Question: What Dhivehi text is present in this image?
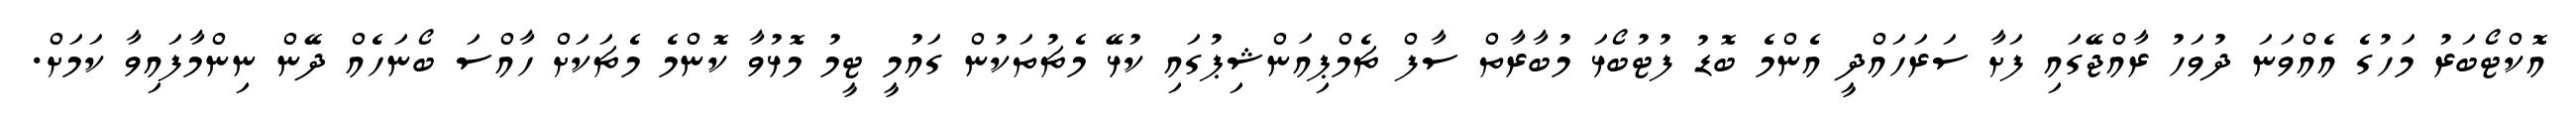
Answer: އޮކްޓޯބަރު މަހުގެ އެއްވަނަ ދުވަހު ރާއްޖޭގައި ފަށާ ސަރަހައްދީ އެންމެ ބޮޑު ފުޓުބޯޅަ މުބާރާތް ސާފް ޗެމްޕިއަންޝިޕުގައި ކުޅޭ މެޗުތަކުން ގައުމީ ޓީމު މޮޅުވާ ކޮންމެ މެޗަކަށް ހާއްސަ ބޯނަހެއް ދޭން ނިންމާފައިވާ ކަމަށް.